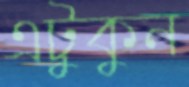
এটুকুন